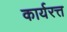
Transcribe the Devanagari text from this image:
कार्यरत्त